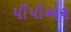
પીપીએચ